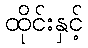
ထိုင်းနှင့်